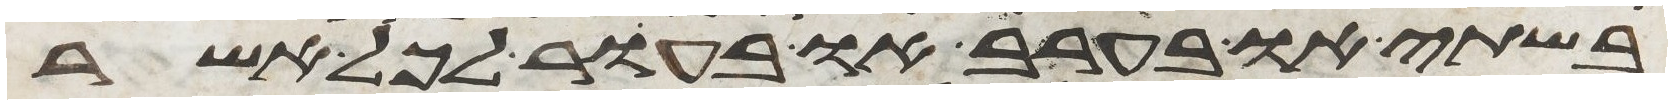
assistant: בשתי או בערב או בעור לכל אשר